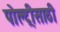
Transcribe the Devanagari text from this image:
पोल्ट्रीसाठी